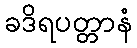
ခဒိရပတ္တာနံ